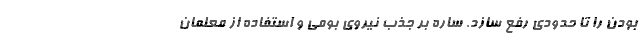
بودن را تا حدودی رفع سازد. ساره بر جذب نیروی بومی و استفاده از معلمان